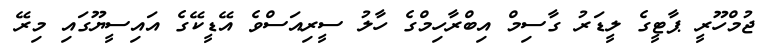
ޖުމްހޫރީ ޕާޓީގެ ލީޑަރު ގާސިމް އިބްރާހިމްގެ ހާލު ސީރިއަސްވެ އޭޑީކޭގެ އައިސީޔޫގައި މިރޭ